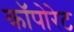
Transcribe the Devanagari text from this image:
कॉपोरेट